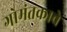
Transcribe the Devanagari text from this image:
गोमंतकाचे